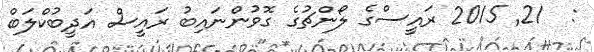
:  21